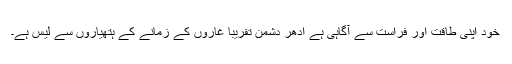
خود اپنی طاقت اور فراست سے آگاہی ہے ادھر دشمن تقریباً غاروں کے زمانے کے ہتھیاروں سے لیس ہے۔